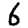
Digit: 6